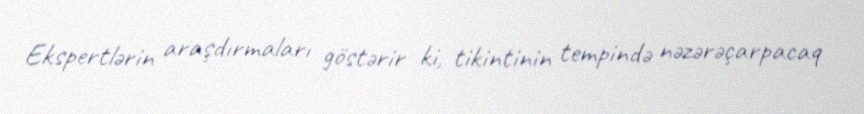
Ekspertlərin araşdırmaları göstərir ki, tikintinin tempində nəzərəçarpacaq